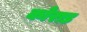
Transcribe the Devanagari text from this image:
कोराड